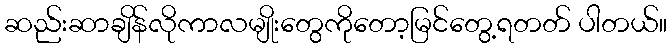
ဆည်းဆာချိန်လိုကာလမျိုးတွေကိုတော့မြင်တွေ့ရတတ် ပါတယ်။